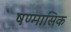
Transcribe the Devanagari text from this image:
षण्मासिक